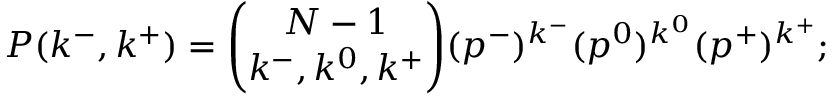
P ( k ^ { - } , k ^ { + } ) = \binom { N - 1 } { k ^ { - } , k ^ { 0 } , k ^ { + } } ( p ^ { - } ) ^ { k ^ { - } } ( p ^ { 0 } ) ^ { k ^ { 0 } } ( p ^ { + } ) ^ { k ^ { + } } ;